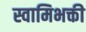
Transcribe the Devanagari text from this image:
स्वामिभक्ती